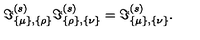
\Im _ { \{ \mu \} , \{ \rho \} } ^ { ( s ) } \Im _ { \{ \rho \} , \{ \nu \} } ^ { ( s ) } = \Im _ { \{ \mu \} , \{ \nu \} } ^ { ( s ) } .